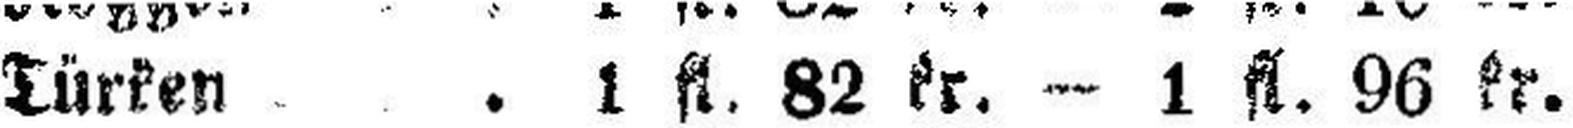
Türken . . . 1 fl. 82 kr. — 1 fl. 96 kr.